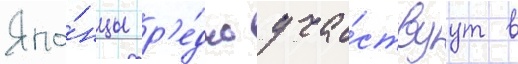
Япо́нцы р'е́дко уча́ствуут в